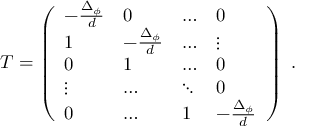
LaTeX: T = \left( \begin{array} { l l l l } { { - \frac { \Delta _ { \phi } } { d } } } & { { 0 } } & { { \ldots } } & { { 0 } } \\ { { 1 } } & { { - \frac { \Delta _ { \phi } } { d } } } & { { \ldots } } & { { \vdots } } \\ { { 0 } } & { { 1 } } & { { \ldots } } & { { 0 } } \\ { { \vdots } } & { { \ldots } } & { { \ddots } } & { { 0 } } \\ { { 0 } } & { { \ldots } } & { { 1 } } & { { - \frac { \Delta _ { \phi } } { d } } } \end{array} \right) ~ .